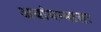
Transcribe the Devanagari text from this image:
अथांगन्यासः